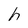
Character: h